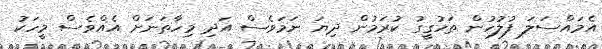
އެމައްސަލަ ފުލުހުން ތަހުގީގު ކުރަމުން ދިޔަ ނަމަވެސް އަދި މިހާތަނަށް އެއްވެސް މީހަކު